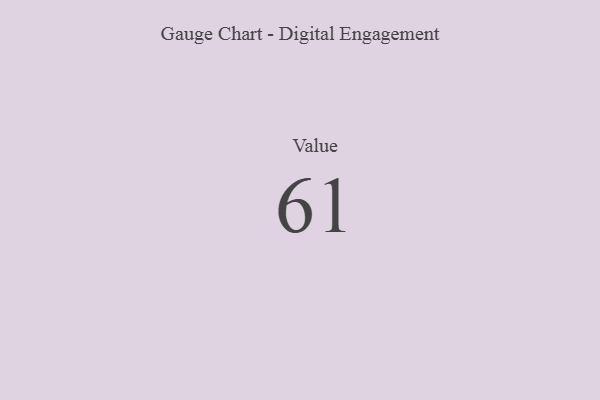
{"axis": {"x": "Metric", "y": "Value"}, "legend": [""], "data": [{"x": "Value", "y": 61, "type": ""}]}